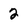
Character: 2